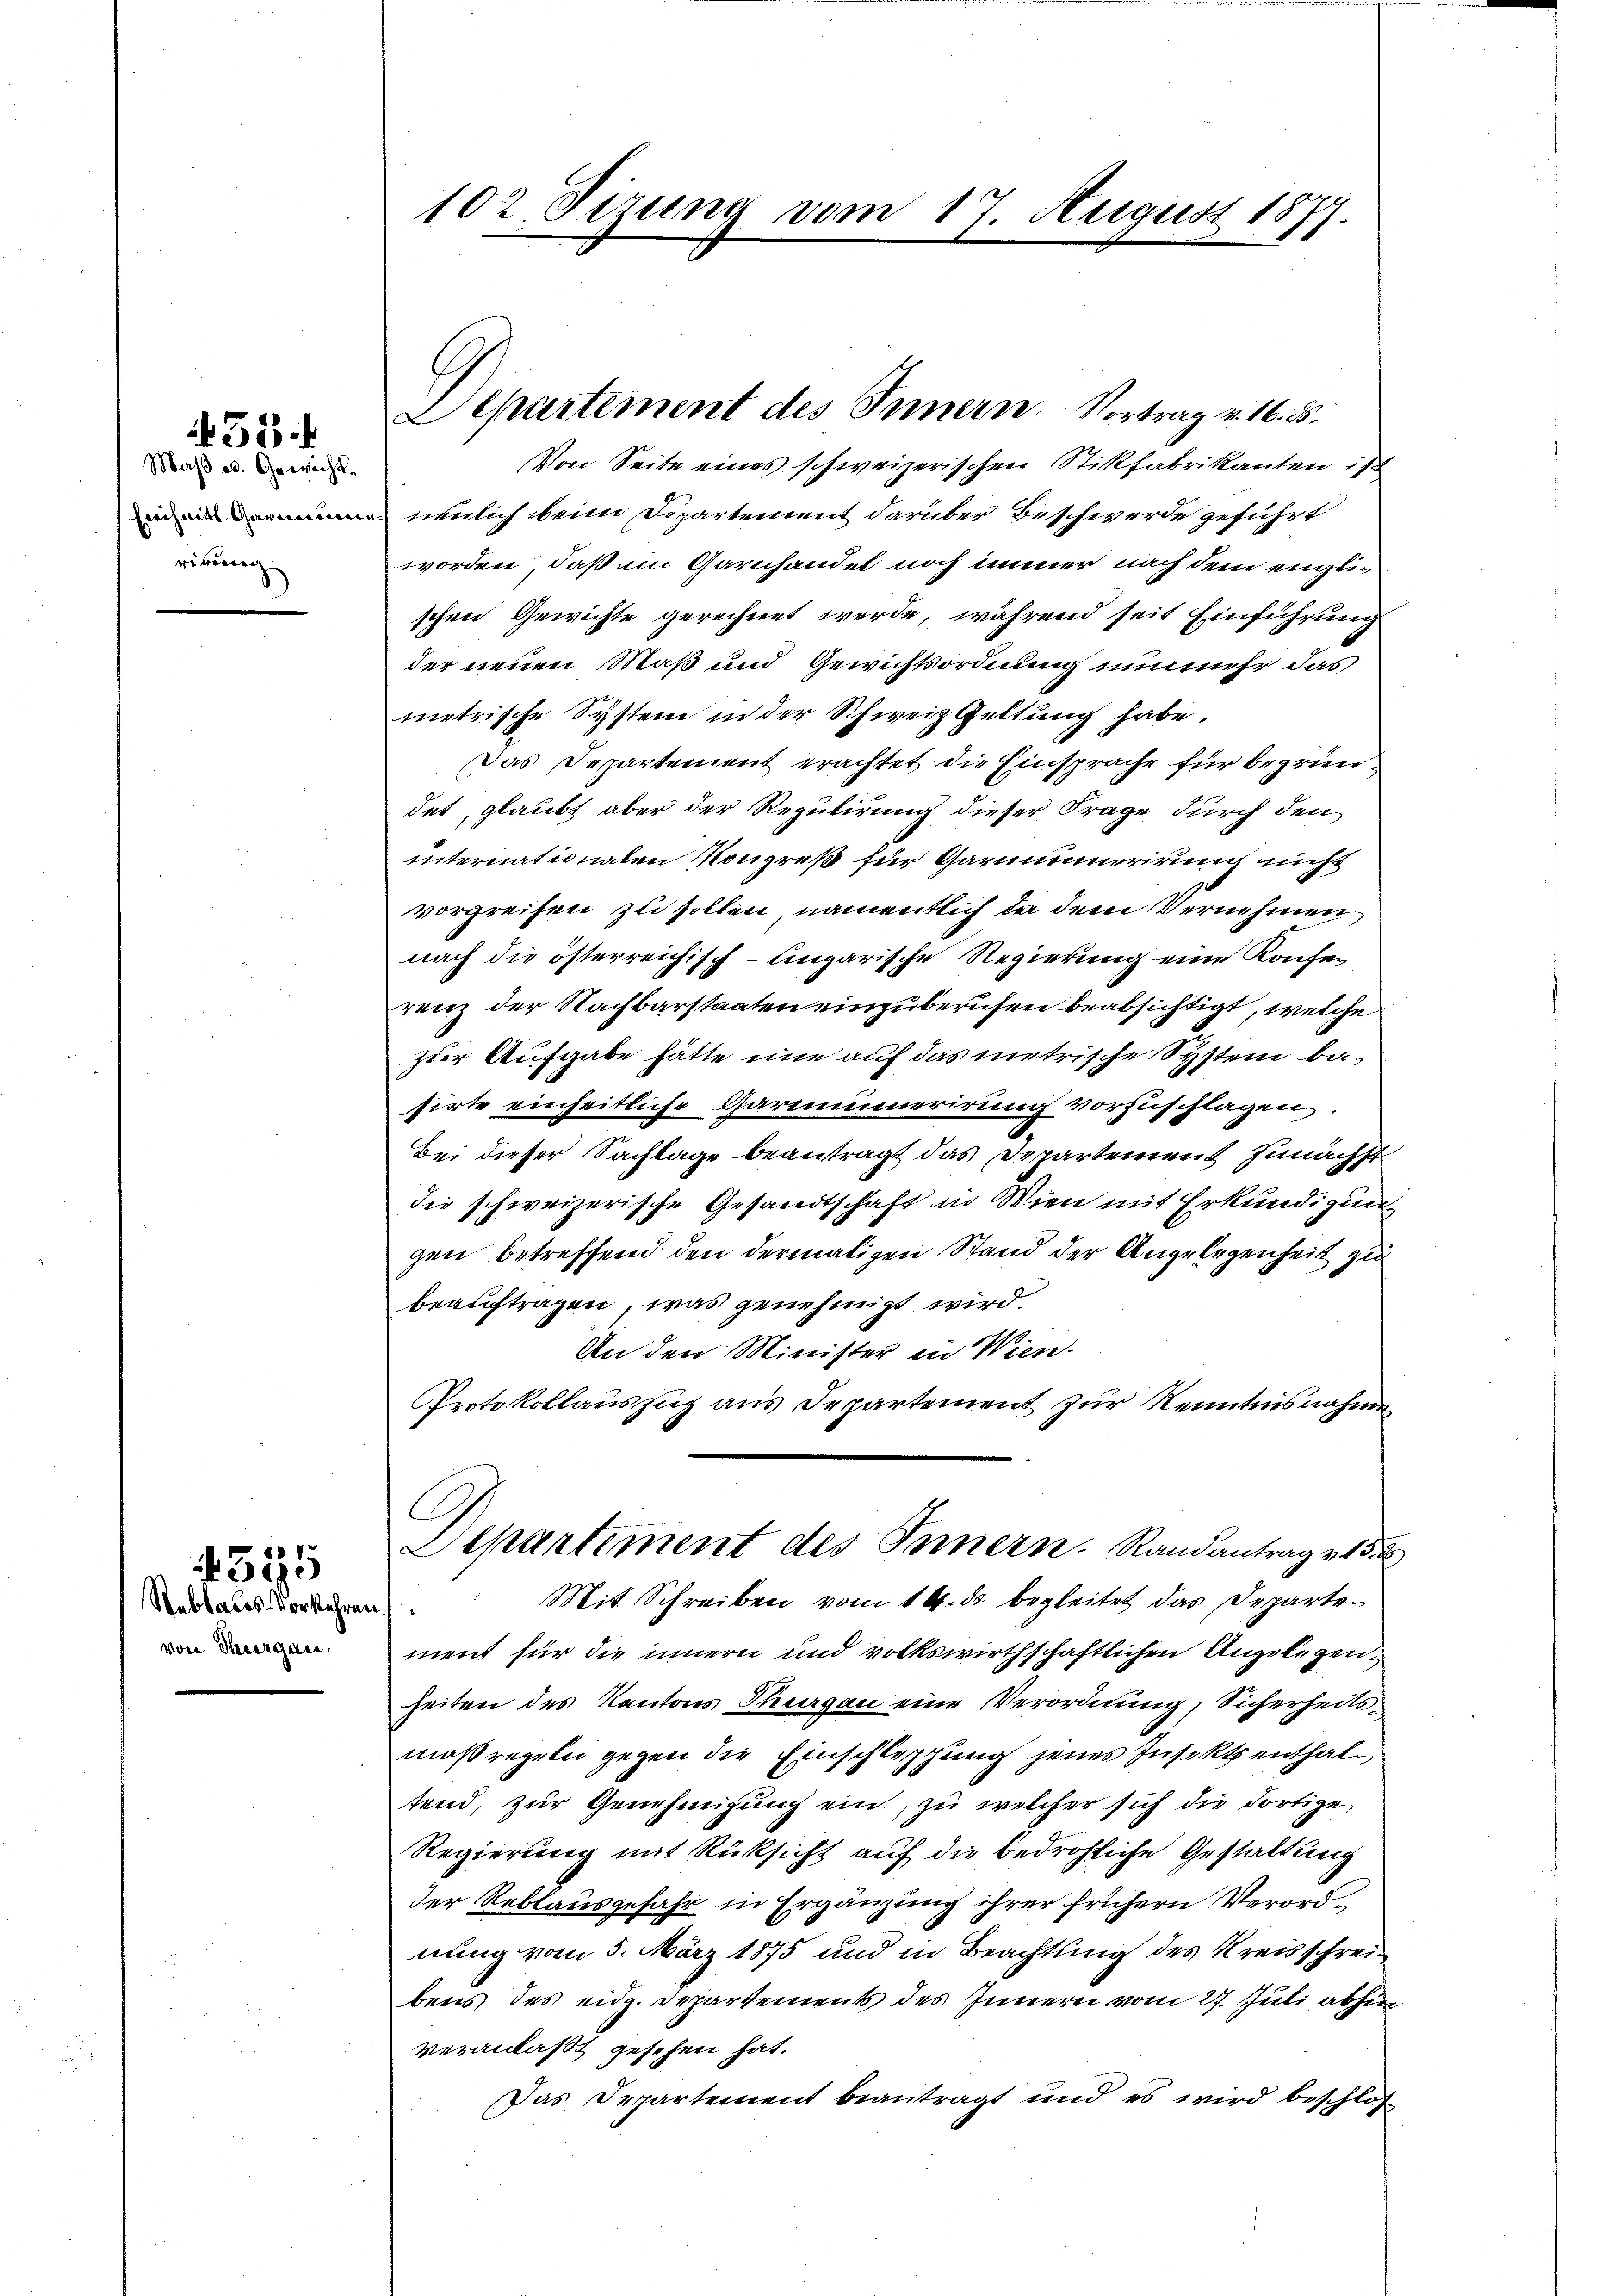
Maβ u. Gewicht.
Eichnitt, Garan eine
ritieren

51

432

Rebtales-Vorkehren.
von Thurgau,

102. Sizung vom 17. August 1877.

.
Departement des Innern. Vortrag v. 16. d.

Von Seite eines schweizerischen Stikfabrikanten ist
neulich beim Departement darüber Beschwerde geführt
worden, daß im Garnhandel noch immer nach dem englischen Gewichte gerechnet werde, während seit Einführung
der neuen Maß und Gewichtsordnung nunmehr das
metrische System in der Schweiz Geltung habe.
Das Departement erachtet die Einsprache für begründet, glaubt aber der Regulirung dieser Frage durch den
internationalen Kongreß für Garnmunerirung nicht
vorgreifen zu sollen, namentlich da dem Vernehmen
nach die österreichisch-Ungarische Regierung eine Konferenz der Nachbarstaaten einzuberufen beabsichtigt, welche
zur Aufgabe hätte eine auf das metrische System basirte einheitliche Garminerirung vorzuschlagen
Bei dieser Sachlage beantragt das Departement zunächst
die schweizerische Gesandtschaft in Wien mit Erkundigung
gen betreffend den dermaligen Stand der Angelegenheit zu
beauftragen, was genehmigt wird.
An den Minister in Wien.
Protokollauszug aus Departement zur Kenntnisnahmen

Departiment des Innern. Randantrag 215. 2
Mit Schreiben vom 14. ds. begleitet das Departe¬

ment für die innern und volkswirthschaftlichen Angelegenheiten des Kantons Thurgau eine Verordnung, Sicherheitsmaßregeln gegen die Einschlesung jenes Insekt enthaltend, zur Genehmigung ein, zu welcher sich die dortige
Regierung mit Rüksicht auf die bedrohliche Gestaltung
der Reblausgefahr in Ergänzung ihrer frühern Verordnung vom 5. März 1875 und in Beachtung des Kreisschreibens des eidg. Departements des Innern vom 27. Juli abhin
veranlaßt gesehen hat.
Das Departement beantragt und es wird beschlos¬